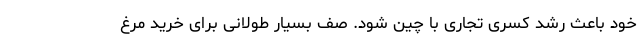
خود باعث رشد کسری تجاری با چین شود. صف بسیار طولانی برای خرید مرغ